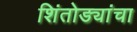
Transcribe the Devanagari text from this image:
शिंतोड्यांचा